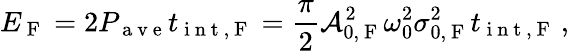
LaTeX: E_{\mathrm{~F~}}=2P_{\mathrm{~a~v~e~}}t_{\mathrm{~i~n~t~,~F~}}=\frac{\pi}{2}\mathcal{A}_{0,\mathrm{~F~}}^{2}\omega_{0}^{2}\sigma_{0,\mathrm{~F~}}^{2}t_{\mathrm{~i~n~t~,~F~}}\, ,